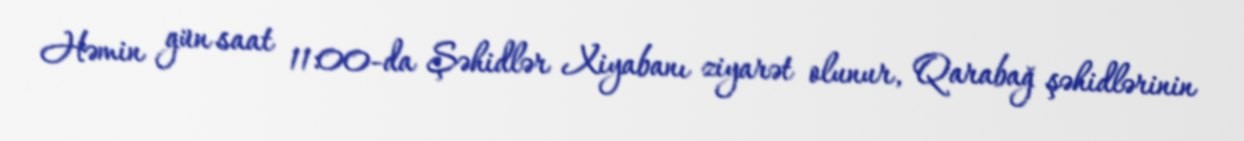
Həmin gün saat 11:00-da Şəhidlər Xiyabanı ziyarət olunur, Qarabağ şəhidlərinin